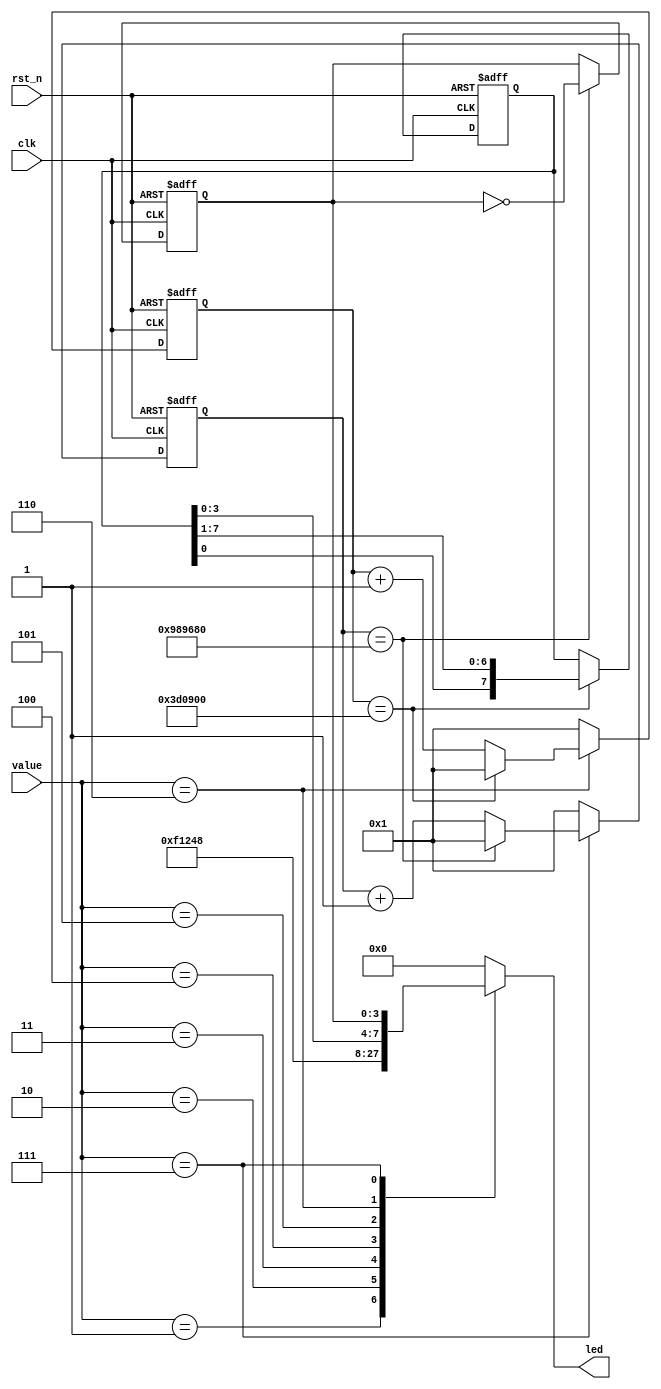
module beep_led_drive (
    input   wire          clk  ,//
    input   wire          rst_n,//
    input   wire    [3:0] value,//LED
 
    output  reg     [3:0] led   //4LED
);
/*
    value       
 
    0           
    1           
    2           led[0]
    3           led[1]
    4           led[2]
    5           led[3]
    6           
    7           
*/
parameter MAX_TIME_RUNNING = 28'd4_000_000;     //0.08s
parameter MAX_TIME_FLASH =  28'd10_000_000;     //0.2s
 
 
reg [27:0] cnt_time_running ;       //
reg [27:0] cnt_time_flash;          //
 
reg [7:0] led_running;              //
reg [3:0] led_flash;                //
 
//0.08s
always @(posedge clk or negedge rst_n) begin
    if(!rst_n)
        cnt_time_running <=28'd1;
    else if(value == 4'd6) begin
        if(cnt_time_running == MAX_TIME_RUNNING)
            cnt_time_running <=28'd1;
        else
            cnt_time_running <= cnt_time_running+28'd1;
    end
    else 
        cnt_time_running <= 28'd1;
end
//0.2s
always @(posedge clk or negedge rst_n) begin
    if(!rst_n)
        cnt_time_flash <=28'd1;
    else if (value == 4'd7) begin
        if(cnt_time_flash == MAX_TIME_FLASH )
            cnt_time_flash <=28'd1;
        else
            cnt_time_flash <= cnt_time_flash+28'd1;
    end
    else 
        cnt_time_flash <= 28'd1;
end
 
// 0.08s
always @(posedge clk or negedge rst_n) begin
    if(!rst_n)
        led_running <= 8'b00001111;
    else if(cnt_time_running == MAX_TIME_RUNNING)begin
        led_running <= {led_running[0],led_running[7:1]};
    end
    else 
        led_running <=led_running;
	
end
// 0.2s
always @(posedge clk or negedge rst_n) begin
    if(!rst_n)
        led_flash <= 4'b0000;
    else if(cnt_time_flash == MAX_TIME_FLASH)begin
        led_flash <= ~led_flash;
    end
    else 
        led_flash <=led_flash;
	
end
 
//value
always @(*) begin
    case(value)
        4'd0: begin
            led = 4'b0000;//LED
        end
 
        4'd1:begin
            led = 4'b1111;//
        end
 
        4'd2:begin
            led = 4'b0001;//
        end
 
        4'd3:begin
            led = 4'b0010;//
        end
 
        4'd4:begin
            led = 4'b0100;//
        end
 
        4'd5:begin
            led = 4'b1000;//
        end
 
        4'd6: begin
		      led = led_running[3:0];//
        end
        4'd7:begin
            led = led_flash;//
        end
        default : led = 4'b0000;
    endcase
end
endmodule